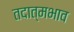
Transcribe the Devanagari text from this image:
तदात्मभाव